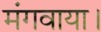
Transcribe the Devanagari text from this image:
मंगवाया।